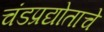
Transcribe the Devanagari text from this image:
चंडप्रद्योताचे